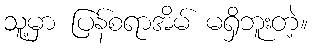
သူ့မှာ ပြန်စရာအိမ် မရှိဘူးတဲ့။